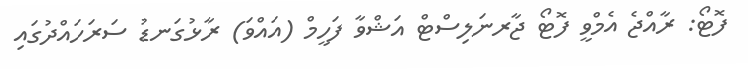
ފޮޓޯ: ރާއްޖެ އެމްވީ ފޮޓޯ ޖާރނަލިސްޓް އަޝްވާ ފަހީމް (އައްވަ) ރާޅުގަނޑު ސަރަހައްދުގައި